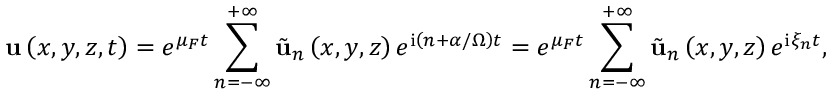
\mathbf { u } \left( x , y , z , t \right) = e ^ { \mu _ { F } t } \sum _ { n = - \infty } ^ { + \infty } \tilde { \mathbf { u } } _ { n } \left( x , y , z \right) e ^ { \mathrm { i } \left( n + \alpha / \Omega \right) t } = e ^ { \mu _ { F } t } \sum _ { n = - \infty } ^ { + \infty } \tilde { \mathbf { u } } _ { n } \left( x , y , z \right) e ^ { \mathrm { i } \xi _ { n } t } ,